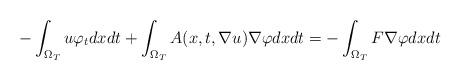
LaTeX: \begin{align*} -\int_{\Omega_T}u \varphi_tdxdt+\int_{\Omega_T}A(x,t,\nabla u)\nabla \varphi dxdt= -\int_{\Omega_T}F\nabla\varphi dxdt \end{align*}